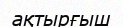
ақтырғыш